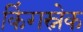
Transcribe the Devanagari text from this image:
किंगस्नेक